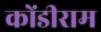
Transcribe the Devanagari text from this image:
कोंडीराम